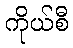
ကိုယ်စီ